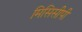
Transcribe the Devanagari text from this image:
मिसिसीपी